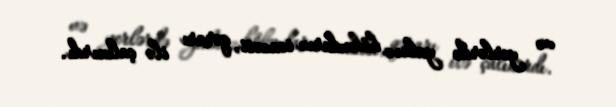
və yerlərdə yalnız hökmdarın icazəsi, qərarı ilə çalınırdı.